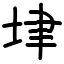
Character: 垏